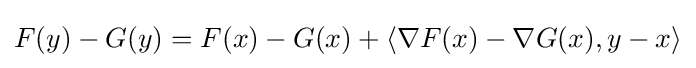
F(y)-G(y)=F(x)-G(x)+\langle \nabla F(x)-\nabla G(x),y-x\rangle